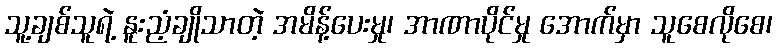
သူ့ချစ်သူရဲ့ နူးညံ့ချိုသာတဲ့ အမိန့်ပေးမှု၊ အာဏာပိုင်မှု အောက်မှာ သူစေလိုစေ၊